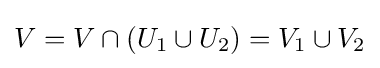
V=V\cap (U_{1}\cup U_{2})=V_{1}\cup V_{2}